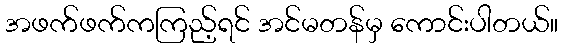
အဖက်ဖက်ကကြည့်ရင် အင်မတန်မှ ကောင်းပါတယ်။